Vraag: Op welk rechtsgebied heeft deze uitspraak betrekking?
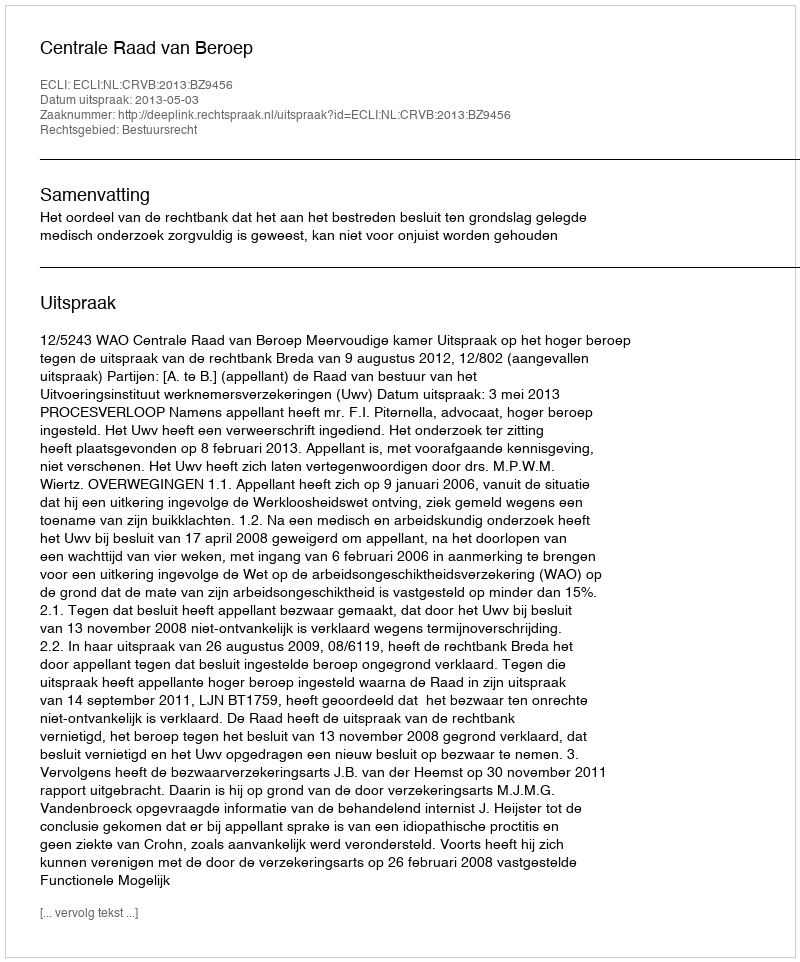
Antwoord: Bestuursrecht